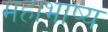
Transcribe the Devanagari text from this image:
महाभाष्‍य